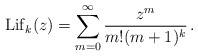
\begin{align*} {\rm Lif}_k(z)=\sum_{m=0}^\infty\frac{z^m}{m!(m+1)^k}\,. \end{align*}